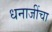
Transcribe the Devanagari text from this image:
धनाजींचा